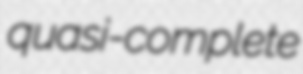
quasi-complete